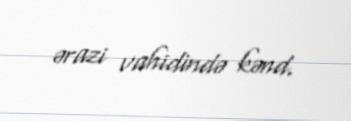
ərazi vahidində kənd.